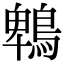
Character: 鵯